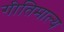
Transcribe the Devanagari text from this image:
गीतिमाल्य